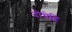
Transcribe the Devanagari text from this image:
दोघेहि